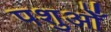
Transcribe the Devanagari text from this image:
पशुओँ